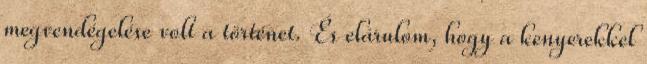
megvendégelése volt a történet. És elárulom, hogy a kenyerekkel